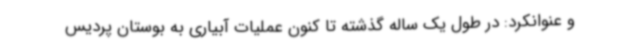
و عنوانکرد: در طول یک ساله گذشته تا کنون عملیات آبیاری به بوستان پردیس